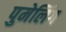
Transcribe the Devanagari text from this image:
पुमेलिंग